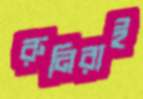
রুনিরাই